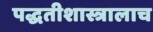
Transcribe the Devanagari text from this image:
पद्धतीशास्त्रालाच